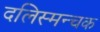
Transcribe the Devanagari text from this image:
दलिस्मन्चक